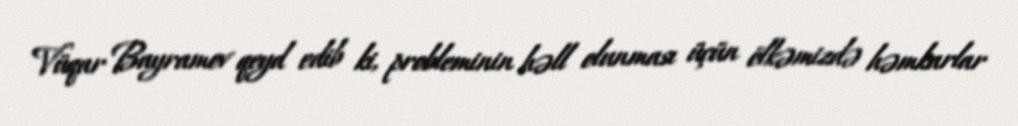
Vüqar Bayramov qeyd edib ki, probleminin həll olunması üçün ölkəmizdə həmkarlar